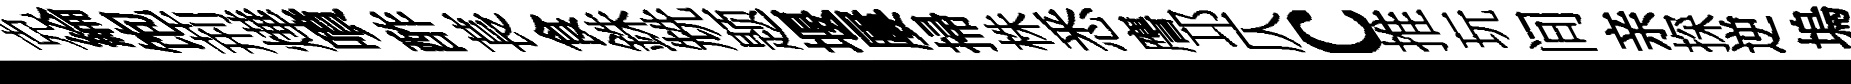
克綸饱荊燁噴酢萇食銖兟题堰屢掃株悉譍邛仄c推玩间亲探逆塢苦